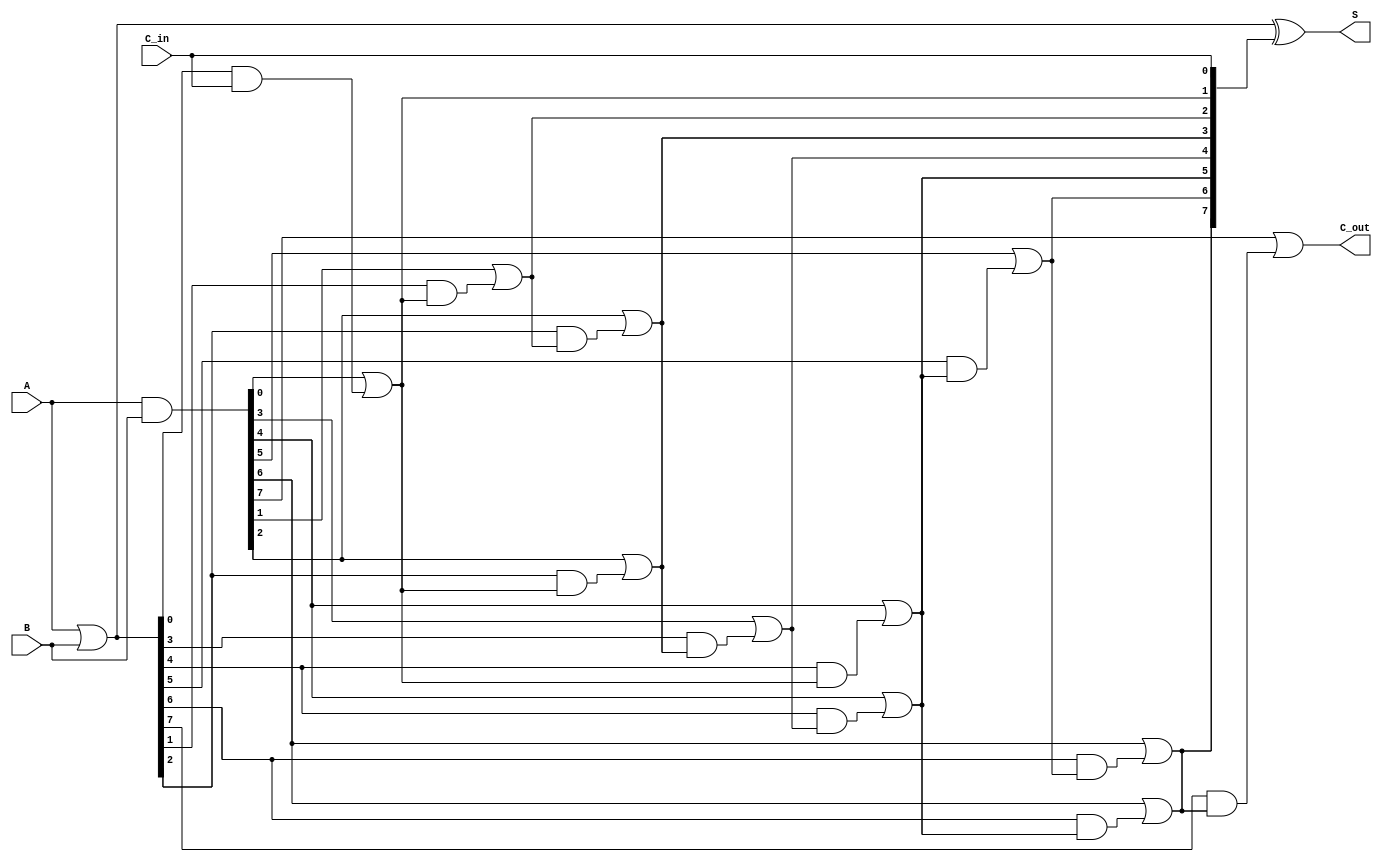
module KoggeStoneAdder #(parameter N = 8) (
    input  [N-1:0] A,      // First input
    input  [N-1:0] B,      // Second input
    input         C_in,     // Carry-in
    output [N-1:0] S,      // Sum output
    output        C_out     // Carry-out
);

    // Generate and Propagate signals
    wire [N-1:0] G; // Generate
    wire [N-1:0] P; // Propagate
    wire [N:0] C;   // Carry signals

    // Generate and Propagate calculations
    assign G = A & B;          // G[i] = A[i] AND B[i]
    assign P = A | B;          // P[i] = A[i] OR B[i]

    // Carry initialization
    assign C[0] = C_in;        // C[0] = C_in

    // Carry generation using Kogge-Stone logic
    genvar i, j;
    generate
        // Stage 1
        for (i = 0; i < N; i = i + 1) begin
            if (i == 0) begin
                assign C[i + 1] = G[i] | (P[i] & C[0]);
            end else begin
                assign C[i + 1] = G[i] | (P[i] & C[i]);
            end
        end

        // Additional stages
        for (j = 1; j < $clog2(N); j = j + 1) begin
            for (i = 0; i < N; i = i + (1 << (j + 1))) begin
                assign C[i + (1 << j) + 1] = G[i + (1 << j)] | (P[i + (1 << j)] & C[i + 1]);
            end
        end
    endgenerate

    // Sum calculation
    assign S = P ^ C[N-1:0]; // S[i] = P[i] XOR C[i]

    // Carry-out
    assign C_out = C[N];

endmodule